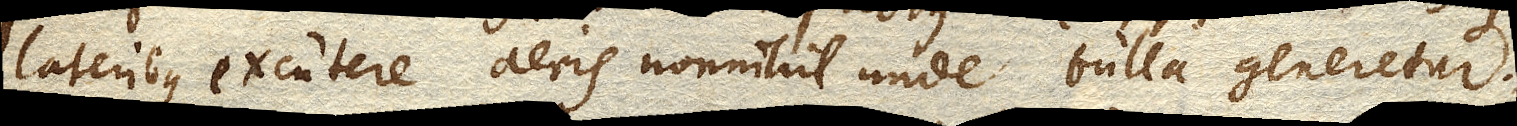
lateribus excutere aeris nonnihil unde bulla generetur.